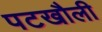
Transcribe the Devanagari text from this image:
पटखौली